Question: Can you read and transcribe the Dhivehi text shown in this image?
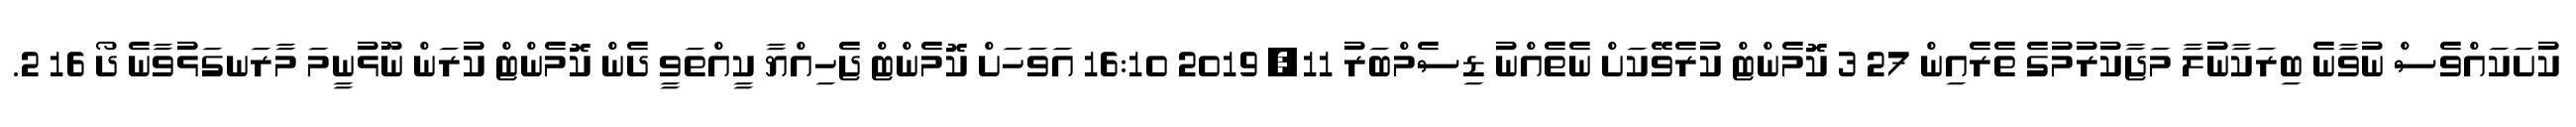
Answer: ކުށަކައްވެސް ނުވާނެ ބިރަކާނުލާ މަޖާކުރުމުގެ ތެރެއިން 27 3 ކޮމެންޓް ކުރެވޭކަށް ނެތެއްނު ޑިސެމްބަރު 11, 2019 16:10 އަވަހަށް ކޮމެންޓް ޖެހިއްޔާ ކީއްތަވީ ދެން ކޮމެންޓް ކުރަން ނޫޅުނީމަ މާރަނގަޅުވާނެ ދޯ 16 2.